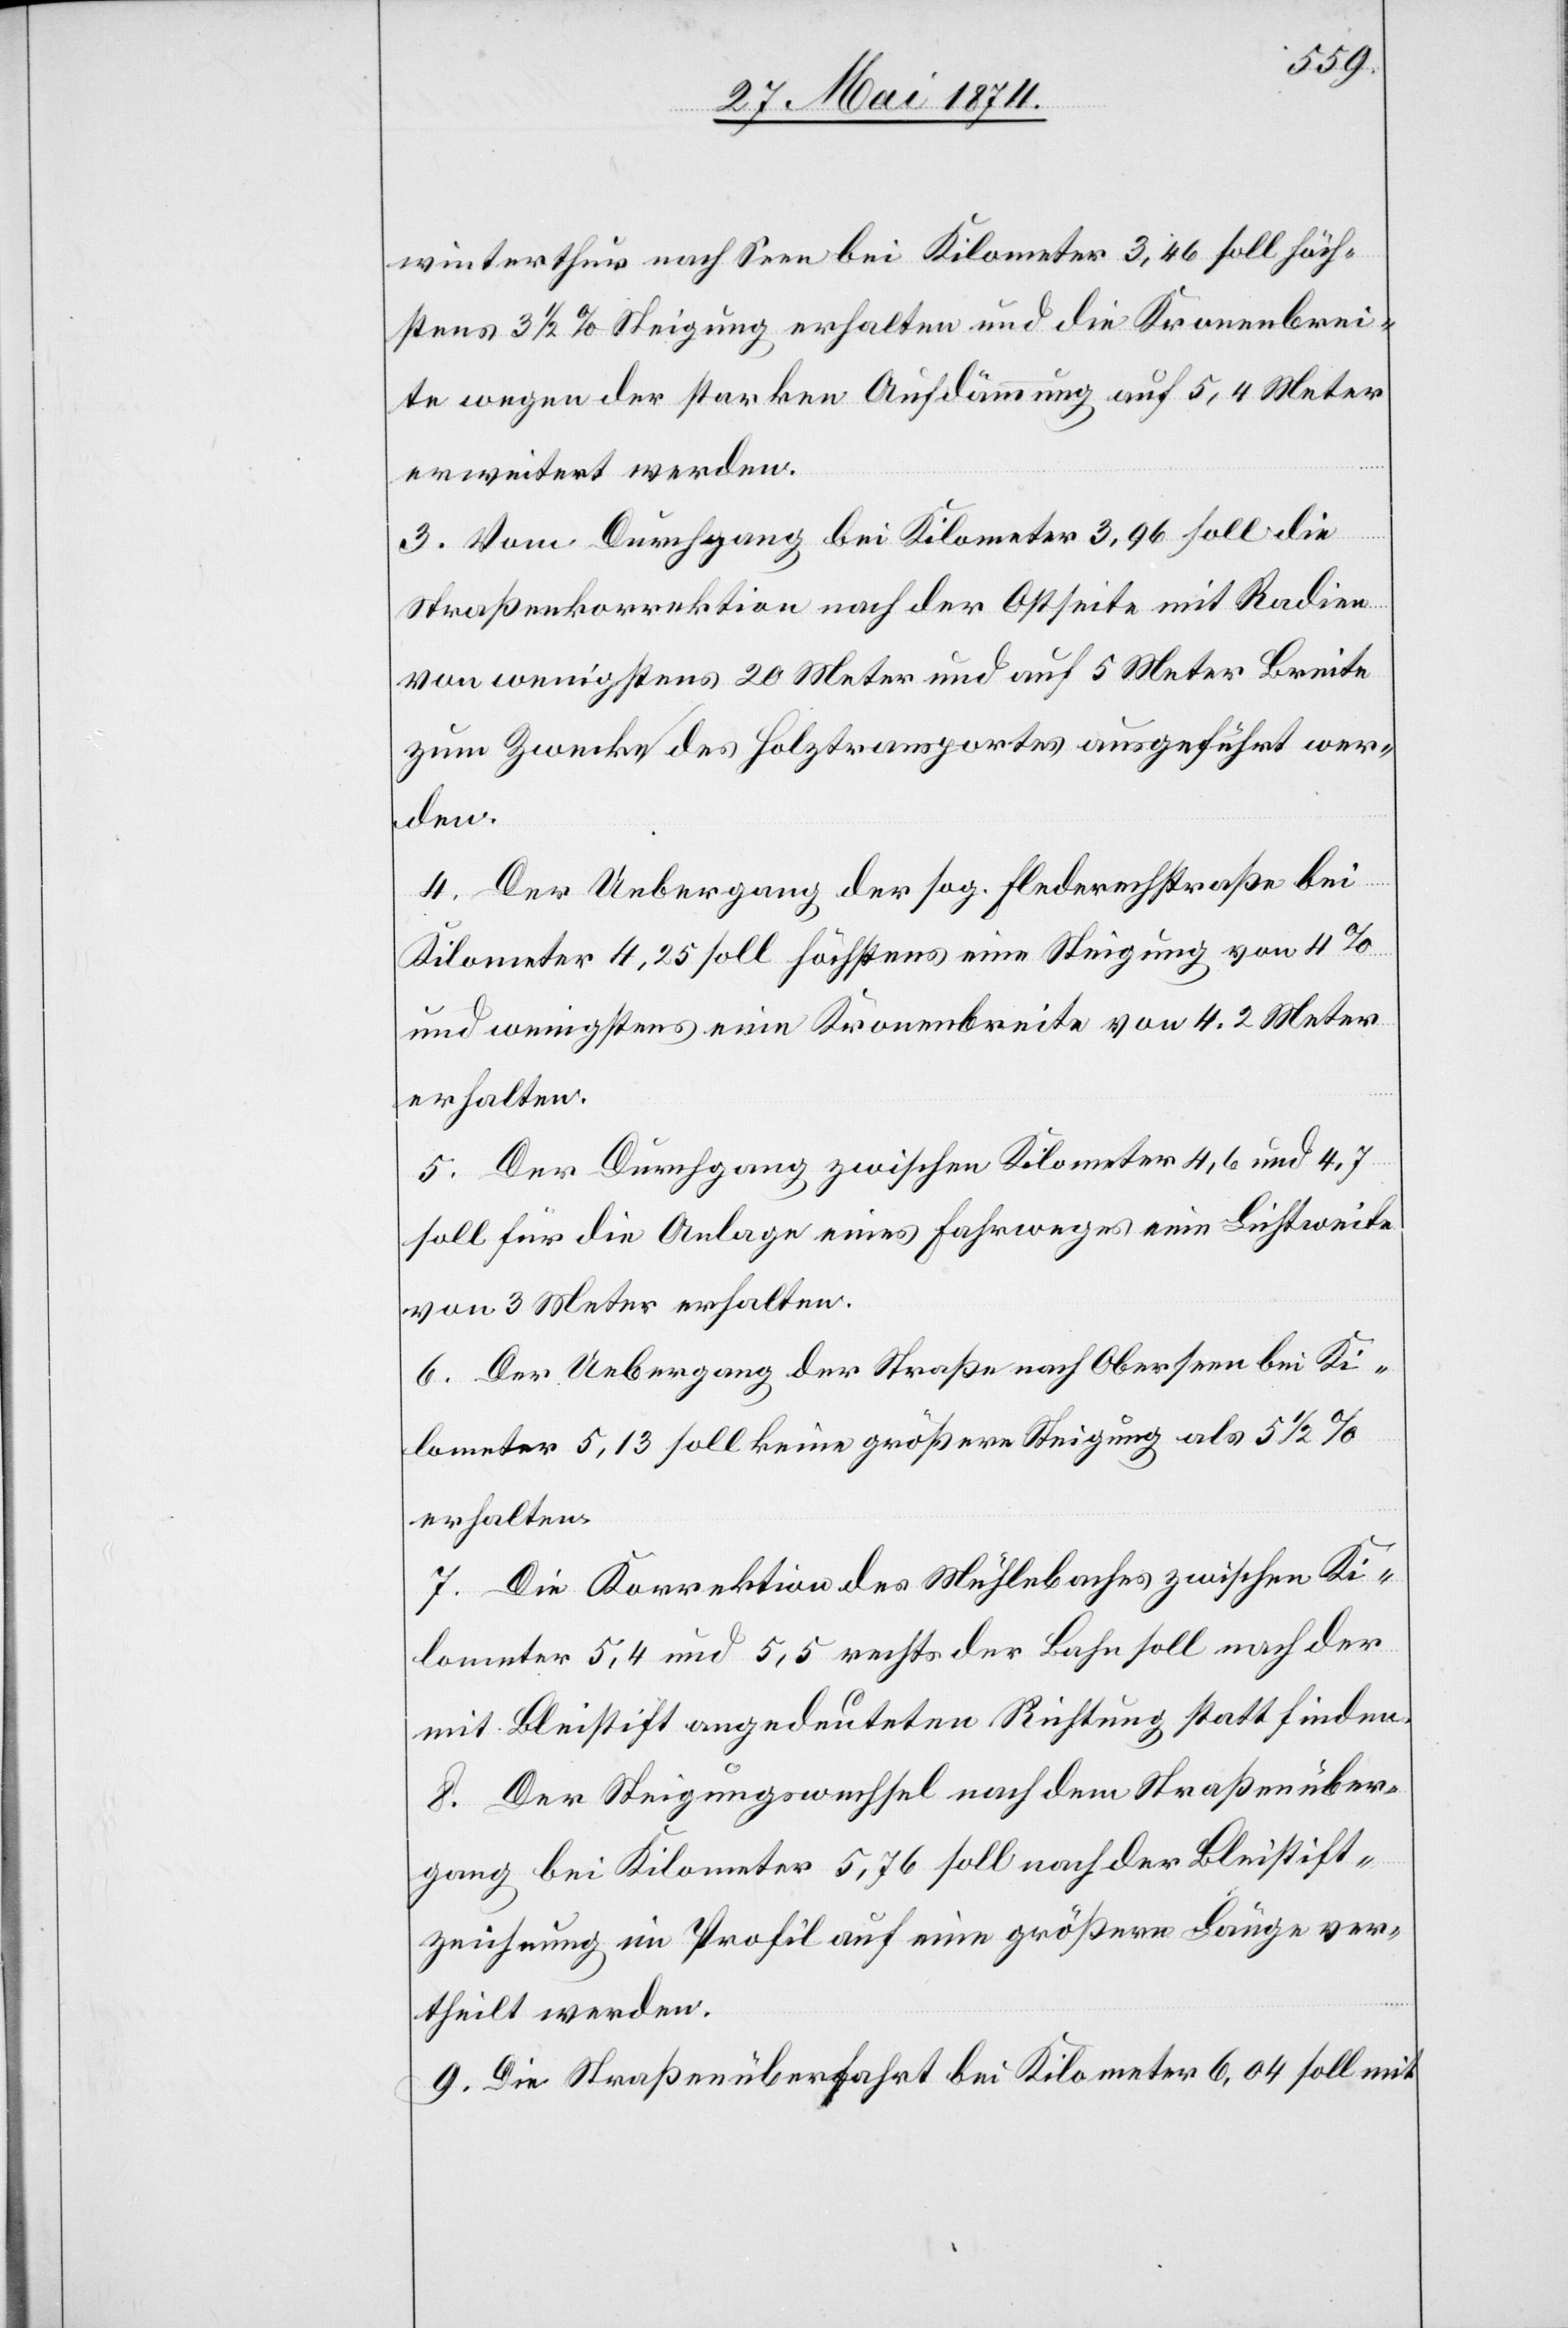
winterthur nach Seen bei Kilometer 3,46 soll höch¬
stens 3 1/2% Steigung erhalten und die Kronenbrei¬
te wegen der starken Aufdämmung auf 5,4 Meter
erweitert werden.
3. Vom Durchgang bei Kilometer 3,96 soll die
Straßenkorrektion nach der Ostseite mit Radien
von wenigstens 20 Meter und auf 5 Meter breite
zum Zwecke des Holztransportes ausgeführt wer¬
den.
4. Der Uebergang der sog. Flederechstraße bei
Kilometer 4,25 soll höchstens eine Steigung von 4%
und wenigstens eine Kronenbreite von 4.2 Meter
erhalten.
5. Der Durchgang zwischen Kilometer 4,6 und 4,7
soll für die Anlage eines Fahrweges eine Lichtweite
von 3 Meter erhalten.
6. Der Uebergang der Straße nach Oberseen bei Ki¬
lometer 5,13 soll keine größere Steigung als 5 1/2%
erhalten.
7. Die Korrektion des Mühlebaches zwischen Ki¬
lometer 5,4 und 5,5 rechts der Bahn soll nach der
mit Bleistift angedeuteten Richtung statt finden.
8. Der Steigungswechsel nach dem Straßenüber¬
gang bei Kilometer 5,76 soll nach der Bleistift¬
zeichnung im Profil auf eine größere Länge ver¬
theilt werden.
9. Die Straßenüberfahrt bei Kilometer 6,04 soll mit